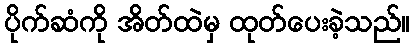
ပိုက်ဆံကို အိတ်ထဲမှ ထုတ်ပေးခဲ့သည်။